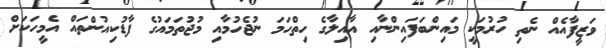
ވަޒީފާއެއް ނެތި ހުރުމަކީ މައިންބަފައިންނާއި އާއިލާގެ ހިތްހަމަ ނުޖެހުމާއި މުޖުތަމައުގެ ފާޑުކިއުންތައް އެމީހަކަށް